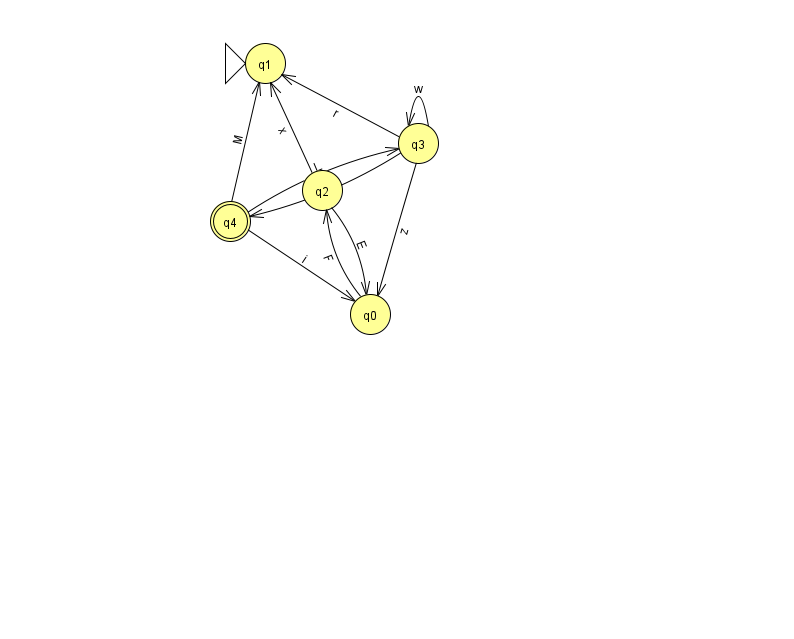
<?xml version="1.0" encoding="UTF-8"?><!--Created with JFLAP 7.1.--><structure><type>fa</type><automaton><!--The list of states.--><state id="0" name="q0"><x>370.0</x><y>301.0</y></state><state id="1" name="q1"><x>265.0</x><y>50.0</y><initial/></state><state id="2" name="q2"><x>322.0</x><y>177.0</y></state><state id="3" name="q3"><x>418.0</x><y>130.0</y></state><state id="4" name="q4"><x>230.0</x><y>208.0</y><final/></state><!--The list of transitions.--><transition><from>4</from><to>0</to><read>i</read></transition><transition><from>2</from><to>0</to><read>E</read></transition><transition><from>0</from><to>2</to><read>F</read></transition><transition><from>3</from><to>4</to><read>g</read></transition><transition><from>2</from><to>1</to><read>x</read></transition><transition><from>3</from><to>0</to><read>z</read></transition><transition><from>3</from><to>1</to><read>r</read></transition><transition><from>3</from><to>3</to><read>w</read></transition><transition><from>4</from><to>3</to><read>L</read></transition><transition><from>4</from><to>1</to><read>M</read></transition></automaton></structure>